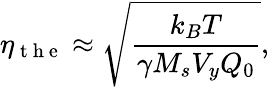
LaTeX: \eta_{\mathrm{~t~h~e~}}\approx\sqrt{\frac{k_{B}T}{\gamma M_{s}V_{y}Q_{0}}},